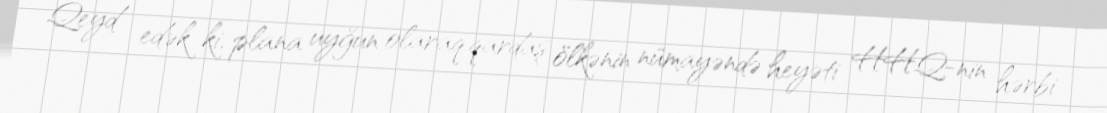
Qeyd edək ki, plana uyğun olaraq qardaş ölkənin nümayəndə heyəti HHQ-nin hərbi